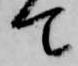
て